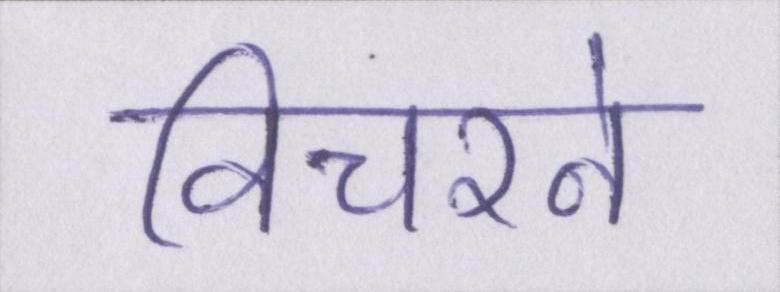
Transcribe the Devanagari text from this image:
विचरने